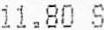
11.80 S